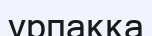
урпаққа